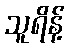
သူရိန့်